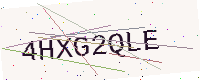
Text: 4HXG2QLE